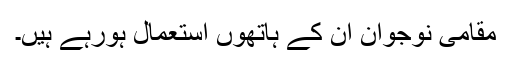
مقامی نوجوان ان کے ہاتھوں استعمال ہورہے ہیں۔